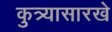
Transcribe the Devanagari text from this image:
कुत्र्यासारखे